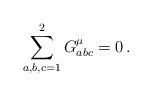
LaTeX: \begin{align*}\sum_{a,b,c=1}^2 G^\mu_{abc}=0\, . \end{align*}